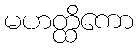
မဟတ္ထိကော